Scottish Leaving Certificate Examination, 1961
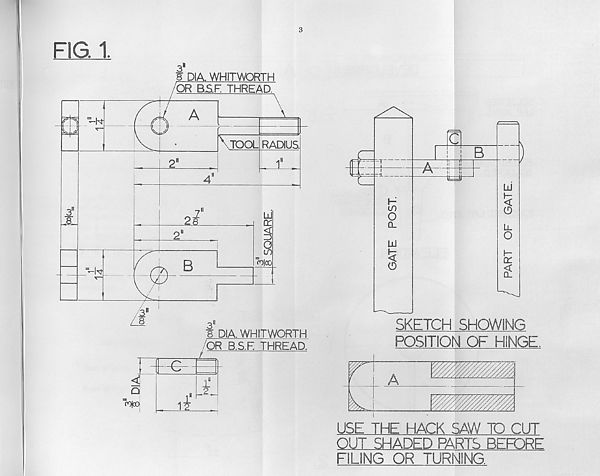
FIG. 1
3
3 1
5 DIA. WHITWORTH
USE THE HACK SAW 1D CUT
OUT SHADED PARTS BEFORE
FILING OR TURNING